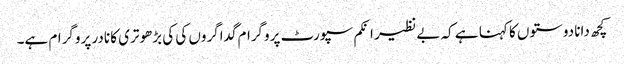
کچھ دانا دوستوں کا کہنا ہے کہ بے نظیر انکم سپورٹ پروگرام گداگروں کی کی بڑھوتری کا نادر پروگرام ہے۔